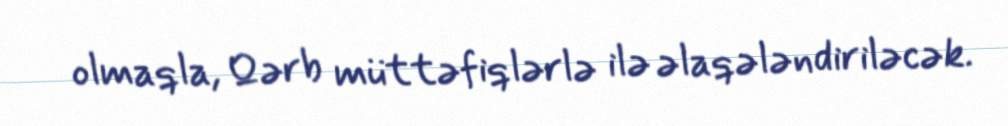
olmaqla, Qərb müttəfiqlərlə ilə əlaqələndiriləcək.